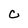
Character: C